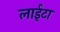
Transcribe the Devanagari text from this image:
लाईटा